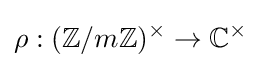
\rho :(\mathbb {Z} /m\mathbb {Z} )^{\times }\rightarrow \mathbb {C} ^{\times }